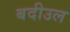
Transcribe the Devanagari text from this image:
बदीउल